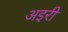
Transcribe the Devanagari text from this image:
अइरी